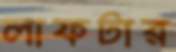
লাফটার